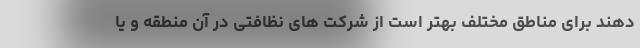
دهند برای مناطق مختلف بهتر است از شرکت های نظافتی در آن منطقه و یا